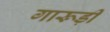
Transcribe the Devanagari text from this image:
गारूड़ी